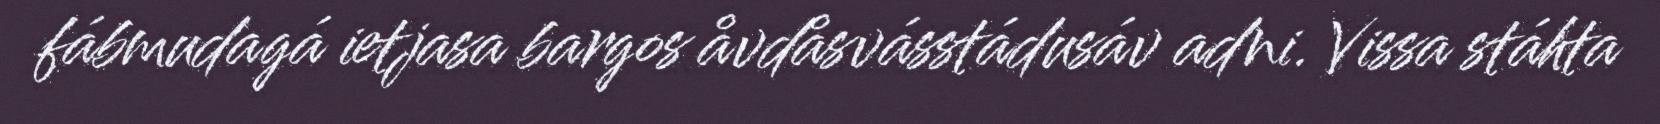
fábmudagá ietjasa bargos åvdåsvásstádusáv adni. Vissa stáhta